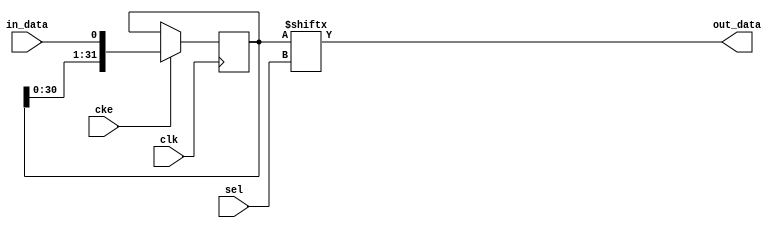
// This program was cloned from: https://github.com/ryuz/jelly
// License: MIT License

// ---------------------------------------------------------------------------
//  Jelly  -- The platform for real-time computing
//
//                                 Copyright (C) 2008-2016 by Ryuz
//                                 https://github.com/ryuz/jelly.git
// ---------------------------------------------------------------------------



`timescale 1ns / 1ps
`default_nettype none


// SRLC32E 
module jelly_shift_register
        #(
            parameter   SEL_WIDTH = 5,
            parameter   NUM       = (1 << SEL_WIDTH)
        )
        (
            input   wire                        clk,
            input   wire                        cke,
            
            input   wire    [SEL_WIDTH-1:0]     sel,
            input   wire                        in_data,
            output  wire                        out_data
        );
    
    reg     [NUM-1:0]   reg_shift;
    
    always @(posedge clk) begin
        if ( cke ) begin
            reg_shift <= {reg_shift, in_data};
        end
    end
    
    assign out_data = reg_shift[sel];
    
endmodule


`default_nettype wire


// end of file